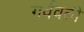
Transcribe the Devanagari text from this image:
गर्ववती